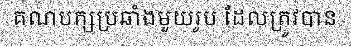
គណបក្សប្រឆាំងមួយរូប ដែលត្រូវបាន